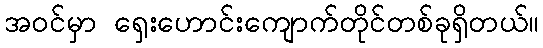
အဝင်မှာ ရှေးဟောင်းကျောက်တိုင်တစ်ခုရှိတယ်။